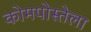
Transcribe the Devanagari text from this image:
कोमपोस्तेला